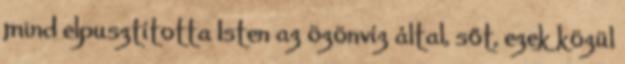
mind elpusztította Isten az özönvíz által, sőt, ezek közül